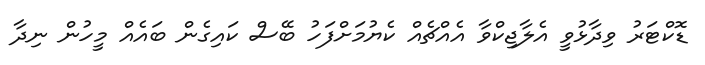
ޑޮކްޓަރު ވިދާޅުވީ އެލާޖިކްވާ އެއްޗެއް ކެޔުމަށްފަހު ބޭސް ކައިގެން ބައެއް މީހުން ނިދާ